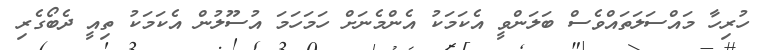
ހުރިހާ މައްސަލަތައްވެސް ބަލަންވީ އެކަމަކު އެންމެނަށް ހަމަހަމަ އުސޫލުން އެކަމަކު ތިއީ ދެބޯގެރި